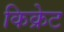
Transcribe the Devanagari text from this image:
किक्रेट